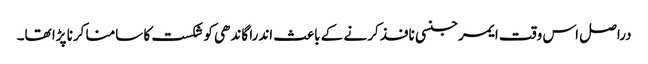
دراصل اس وقت ایمرجنسی نافذ کرنے کے باعث اندرا گاندھی کو شکست کا سامنا کرنا پڑا تھا۔